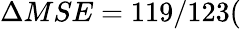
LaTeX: \Delta MSE=119/123(\